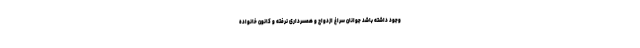
وجود داشته باشد جوانان سراغ ازدواج و همسرداری نرفته و کانون خانواده